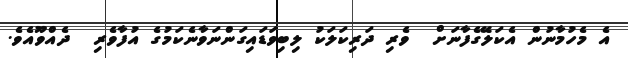
އެ މެހުމާނުން އެކަލޭގެފާނަށް  ވެރި ދަރިކަލަކު ލިބިވަޑައިގަންނަވާނެކަމުގެ އުފާވެރި  ދެއްވޫއެވެ.